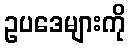
ဥပဒေများကို